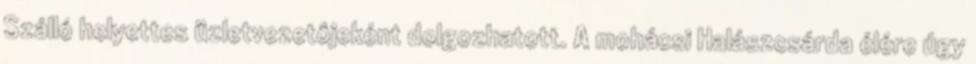
Szálló helyettes üzletvezetôjeként dolgozhatott. A mohácsi Halászcsárda élére úgy